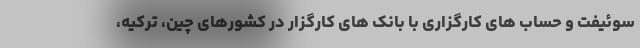
سوئیفت و حساب های کارگزاری با بانک های کارگزار در کشورهای چین، ترکیه،